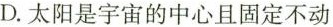
D.太阳是宇宙的中心且固定不动